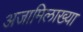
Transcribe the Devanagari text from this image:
अजामिलाख्या